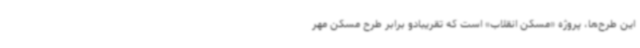
این طرح‌ها، پروژه «مسکن انقلاب» است که تقریبادو برابر طرح مسکن مهر